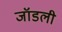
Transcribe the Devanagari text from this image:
जॉडली